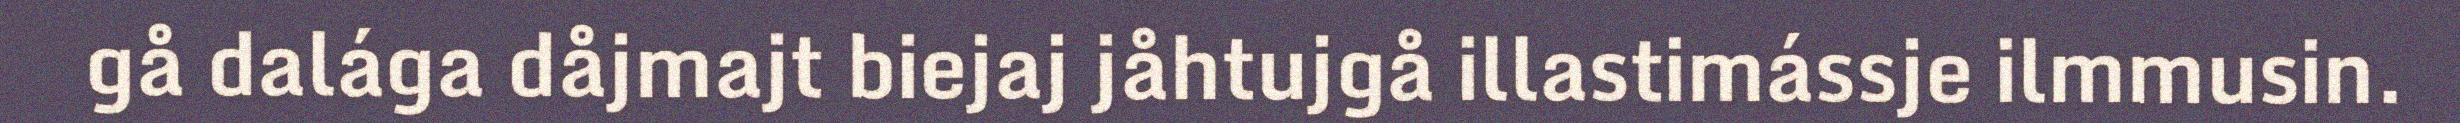
gå dalága dåjmajt biejaj jåhtujgå illastimássje ilmmusin.